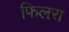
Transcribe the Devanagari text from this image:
फिलरा